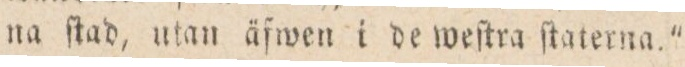
na ſtad, utan äfwen i de weſtra ſtaterna.”